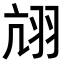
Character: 𦐄